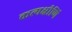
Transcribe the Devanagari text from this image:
कत्यक्षीणि